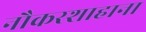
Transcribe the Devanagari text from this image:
नौकरशाहाना